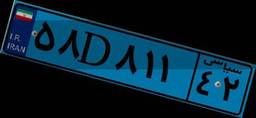
۵۸D۸۱۱۴۲